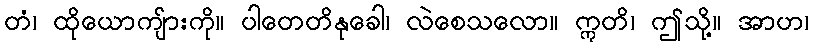
တံ၊ ထိုယောကျ်ားကို။ ပါတေတိနုခေါ၊ လဲစေသလော။ ဣတိ၊ ဤသို့။ အာဟ၊